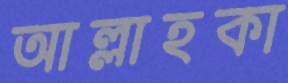
আল্লাহকা